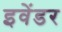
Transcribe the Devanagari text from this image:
इवेंडर